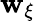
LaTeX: \mathbf{w}_{\xi}